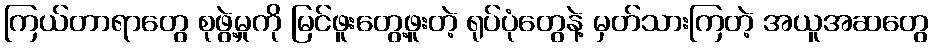
ကြယ်တာရာတွေ စုဖွဲ့မှုကို မြင်ဖူးတွေ့ဖူးတဲ့ ရုပ်ပုံတွေနဲ့ မှတ်သားကြတဲ့ အယူအဆတွေ